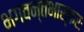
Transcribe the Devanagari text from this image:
भगवन्तभास्करः